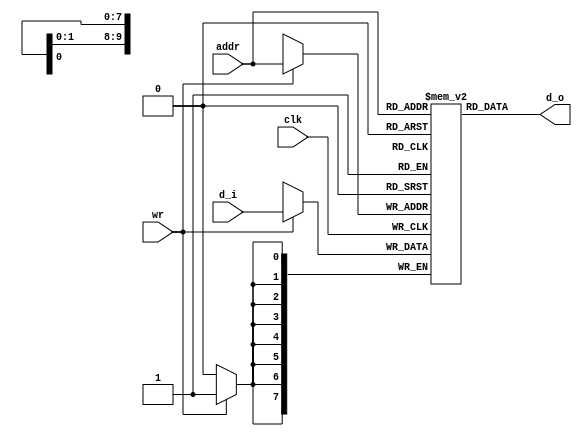
module mem
(
   clk,
   wr,
   addr,
   d_i,
   d_o
);

   input          clk;
   input          wr;
   input [9:0]    addr;
   input [7:0]    d_i;
   output[7:0]    d_o;
   
   reg   [7:0]    mem   [1023:0];

   assign d_o  =  mem[addr];

   always @ (posedge clk)
   begin
      if(wr)
         mem[addr]   <= d_i;
          
   end
endmodule